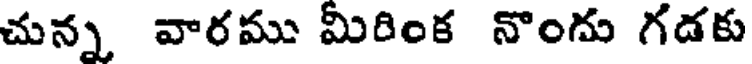
చున్న వారము మీరింక నొందు గడకు